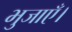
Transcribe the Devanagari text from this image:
भुजाएँ।